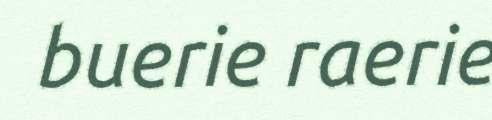
buerie raerie